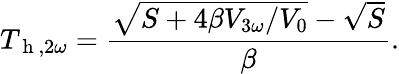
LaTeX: T_{\mathrm{~h~},2\omega}=\frac{\sqrt{S+4\beta V_{3\omega}/V_{0}}-\sqrt{S}}{\beta}{.}